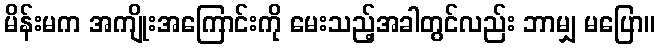
မိန်းမက အကျိုးအကြောင်းကို မေးသည့်အခါတွင်လည်း ဘာမျှ မပြော။